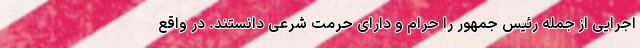
اجرایی از جمله رئیس جمهور را حرام و دارای حرمت شرعی دانستند. در واقع